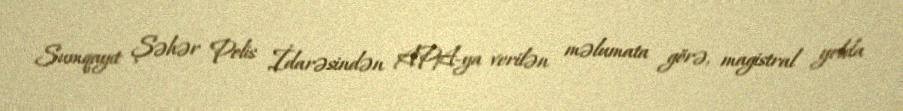
Sumqayıt Şəhər Polis İdarəsindən APA-ya verilən məlumata görə, magistral yolda